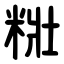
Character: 䊋